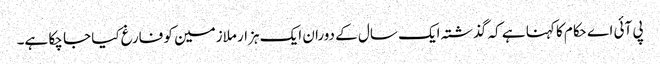
پی آئی اے حکام کا کہنا ہے کہ گذشتہ ایک سال کے دوران ایک ہزار ملازمین کو فارغ کیا جا چکا ہے۔